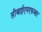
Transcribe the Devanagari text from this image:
सीआईएमएफआर